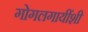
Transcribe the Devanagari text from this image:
गोगलगायींशी